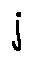
j